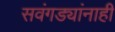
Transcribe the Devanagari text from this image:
सवंगड्यांनाही